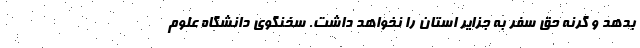
بدهد و گرنه حق سفر به جزایر استان را نخواهد داشت. سخنگوی دانشگاه علوم